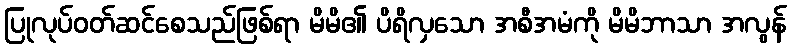
ပြုလုပ်ဝတ်ဆင်စေသည်ဖြစ်ရာ မိမိ၏ ပိရိလှသော အစီအမံကို မိမိဘာသာ အလွန်